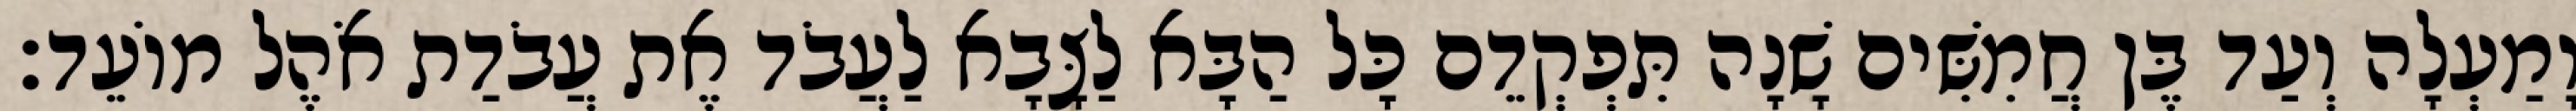
וָמַעְלָה וְעַד בֶּן חֲמִשִּׁים שָׁנָה תִּפְקְדֵם כָּל הַבָּא לַצָּבָא לַעֲבֹד אֶת עֲבֹדַת אֹהֶל מוֹעֵד׃